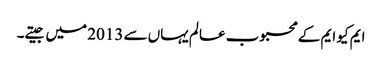
ایم کیو ایم کے محبوب عالم یہاں سے 2013 میں جیتے۔